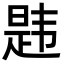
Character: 韪